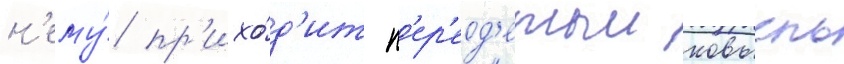
н'ему́ пр'ихо́д'ит п'ер'еод'етыи ковьель